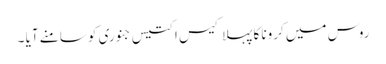
روس میں کرونا کا پہلا کیس ا کتیس جنوری کو سامنے آیا ۔